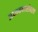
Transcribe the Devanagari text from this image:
अध्ययनासोबतच